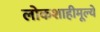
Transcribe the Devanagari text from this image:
लोकशाहीमूल्ये